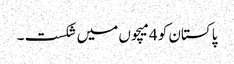
پاکستان کو 4میچوں میں شکست ۔